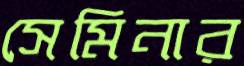
সেমিনার